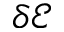
\delta \mathcal { E }